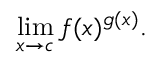
\operatorname* { l i m } _ { x \to c } f ( x ) ^ { g ( x ) } .